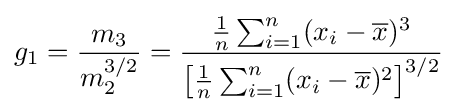
g_{1}={\frac {m_{3}}{m_{2}^{3/2}}}={\frac {{\tfrac {1}{n}}\sum _{i=1}^{n}(x_{i}-{\overline {x}})^{3}}{\left[{\tfrac {1}{n}}\sum _{i=1}^{n}(x_{i}-{\overline {x}})^{2}\right]^{3/2}}}